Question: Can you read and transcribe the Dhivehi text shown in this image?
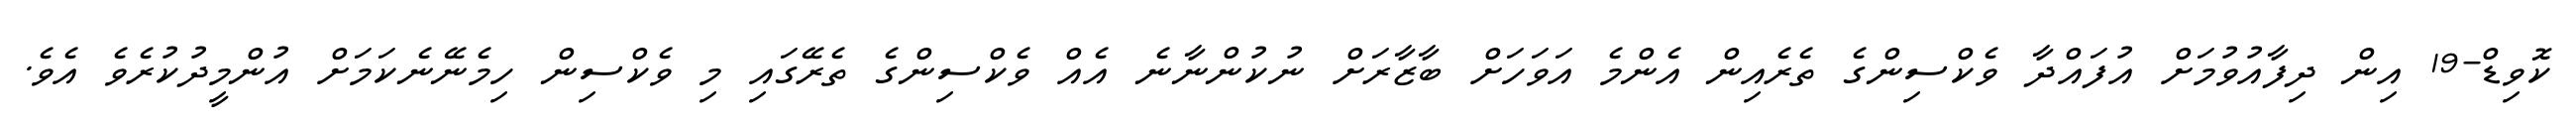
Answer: ކޮވިޑް-19 އިން ދިފާއުވުމަށް އުފައްދާ ވެކްސިންގެ ތެރެއިން އެންމެ އަވަހަށް ބާޒާރަށް ނުކުންނާނެ އެއް ވެކްސިންގެ ތެރޭގައި މި ވެކްސިން ހިމެނޭނެކަމަށް އުންމީދުކުރެވެ އެވެ.